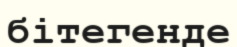
бітегенде